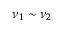
\nu _ { 1 } \sim \nu _ { 2 }